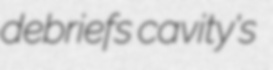
debriefs cavity's